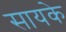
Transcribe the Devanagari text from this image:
सायके